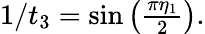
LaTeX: \begin{array}{r}{1/t_{3}=\sin\left(\frac{\pi\eta_{1}}{2}\right).}\end{array}